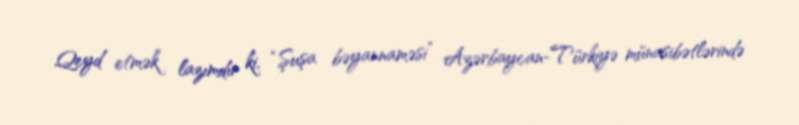
Qeyd etmək lazımdır ki, “Şuşa bəyannaməsi” Azərbaycan-Türkiyə münasibətlərində